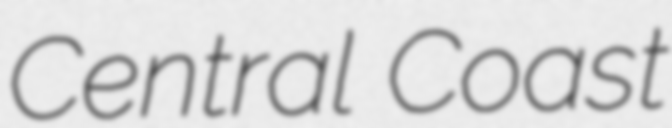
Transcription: Central Coast